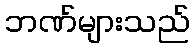
ဘဏ်များသည်